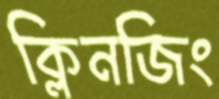
ক্লিনজিং